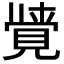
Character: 𮗖